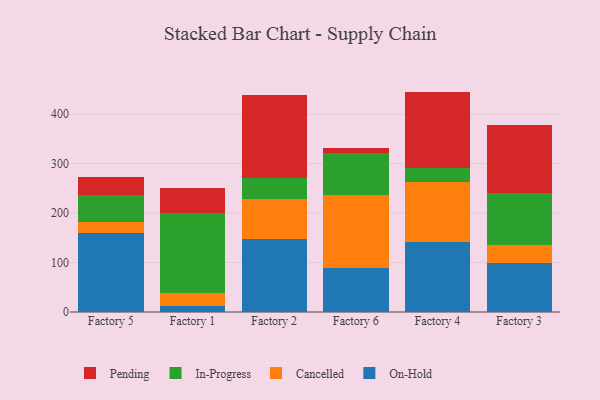
{"axis": {"x": "Factory", "y": "Website Visitors"}, "legend": ["Cancelled", "In-Progress", "On-Hold", "Pending"], "data": [{"x": "Factory 5", "y": 158.8, "type": "On-Hold"}, {"x": "Factory 5", "y": 23.5, "type": "Cancelled"}, {"x": "Factory 5", "y": 53.4, "type": "In-Progress"}, {"x": "Factory 5", "y": 37.1, "type": "Pending"}, {"x": "Factory 1", "y": 11.3, "type": "On-Hold"}, {"x": "Factory 1", "y": 28.0, "type": "Cancelled"}, {"x": "Factory 1", "y": 160.0, "type": "In-Progress"}, {"x": "Factory 1", "y": 50.6, "type": "Pending"}, {"x": "Factory 2", "y": 147.6, "type": "On-Hold"}, {"x": "Factory 2", "y": 81.0, "type": "Cancelled"}, {"x": "Factory 2", "y": 42.7, "type": "In-Progress"}, {"x": "Factory 2", "y": 167.7, "type": "Pending"}, {"x": "Factory 6", "y": 88.5, "type": "On-Hold"}, {"x": "Factory 6", "y": 147.6, "type": "Cancelled"}, {"x": "Factory 6", "y": 85.1, "type": "In-Progress"}, {"x": "Factory 6", "y": 10.5, "type": "Pending"}, {"x": "Factory 4", "y": 140.5, "type": "On-Hold"}, {"x": "Factory 4", "y": 123.0, "type": "Cancelled"}, {"x": "Factory 4", "y": 27.4, "type": "In-Progress"}, {"x": "Factory 4", "y": 154.6, "type": "Pending"}, {"x": "Factory 3", "y": 99.9, "type": "On-Hold"}, {"x": "Factory 3", "y": 34.7, "type": "Cancelled"}, {"x": "Factory 3", "y": 105.7, "type": "In-Progress"}, {"x": "Factory 3", "y": 138.2, "type": "Pending"}]}